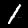
Digit: 1